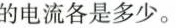
的电流各是多少。